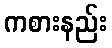
ကစားနည်း